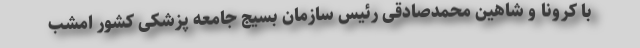
با کرونا و شاهین محمدصادقی رئیس سازمان بسیج جامعه پزشکی کشور امشب